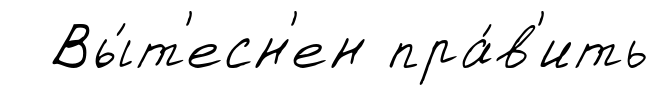
Вы́т'есн'ен пра́в'ить